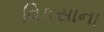
વિકસાના